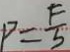
P = \frac { F } { S }